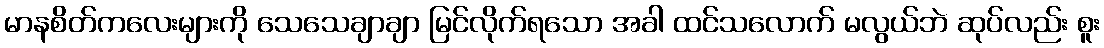
မာနစိတ်ကလေးများကို သေသေချာချာ မြင်လိုက်ရသော အခါ ထင်သလောက် မလွယ်ဘဲ ဆုပ်လည်း စူး